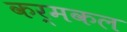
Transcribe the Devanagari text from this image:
कर्मकल